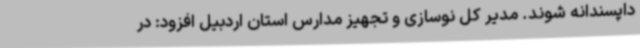
داپسندانه شوند. مدیر کل نوسازی و تجهیز مدارس استان اردبیل افزود: در